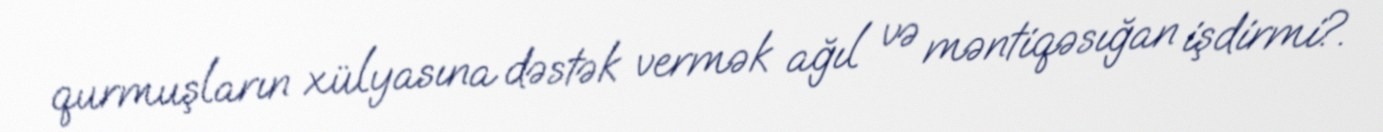
qurmuşların xülyasına dəstək vermək ağıl və məntiqəsığan işdirmi?.